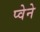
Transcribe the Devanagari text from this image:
प्वेने